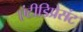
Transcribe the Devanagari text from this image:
एंटीडिप्रेसंट